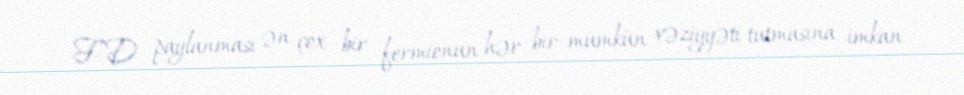
F–D paylanması ən çox bir fermionun hər bir mümkün vəziyyəti tutmasına imkan